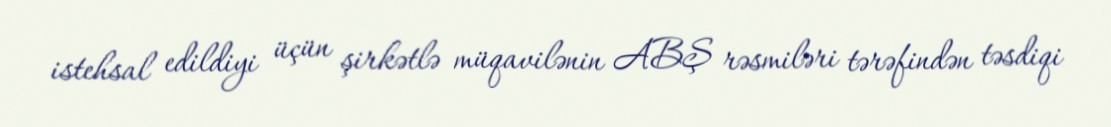
istehsal edildiyi üçün şirkətlə müqavilənin ABŞ rəsmiləri tərəfindən təsdiqi